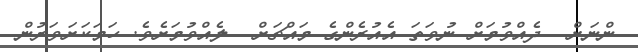
ންނަށް  ދެއްވުމަށް ނުވަތަ އެއުރެންގެ މައްޗަށް  ލެއްވުމަށެވެ. ހަމަކަށަވަރުން